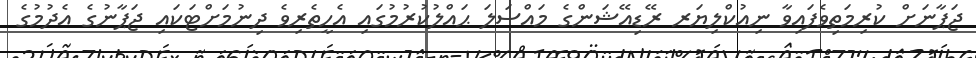
ޖަޕާނަށް ކުރިމަތިވެފައިވާ ނިއުކްލިޔަރ ރޭޑިއޭޝަންގެ މައްސަލަ ޙައްލުކުރުމުގައި އެހީތެރިވެ ދިނުމަށްޓަކައި ޖަޕާނުގެ އެދުމުގެ